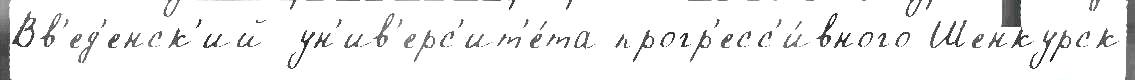
Вв'ед'енск'ий ун'ив'ерс'ит'е́та прогр'есс'и́вного Шенкурск